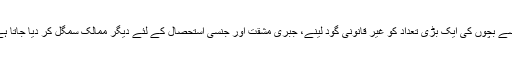
ایسے بچوں کی ایک بڑی تعداد کو غیر قانونی گود لینے، جبری مشقت اور جنسی استحصال کے لئے دیگر ممالک سمگل کر دیا جاتا ہے۔